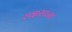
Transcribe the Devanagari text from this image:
राक्षसाना